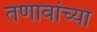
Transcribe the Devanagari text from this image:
तणावांच्या